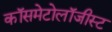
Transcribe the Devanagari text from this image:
कॉसमेटोलॉजीस्ट